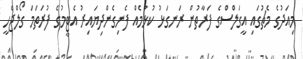
މިއަދުގެ މެޗުގައި އީގަލްސްގެ ފަރާތުން ރަނގަޅު ކުޅުމެއް ފެނިގެންދިޔައިރު އެޓީމުގެ ފުރަތަމަ ގޯލްޖެހީ